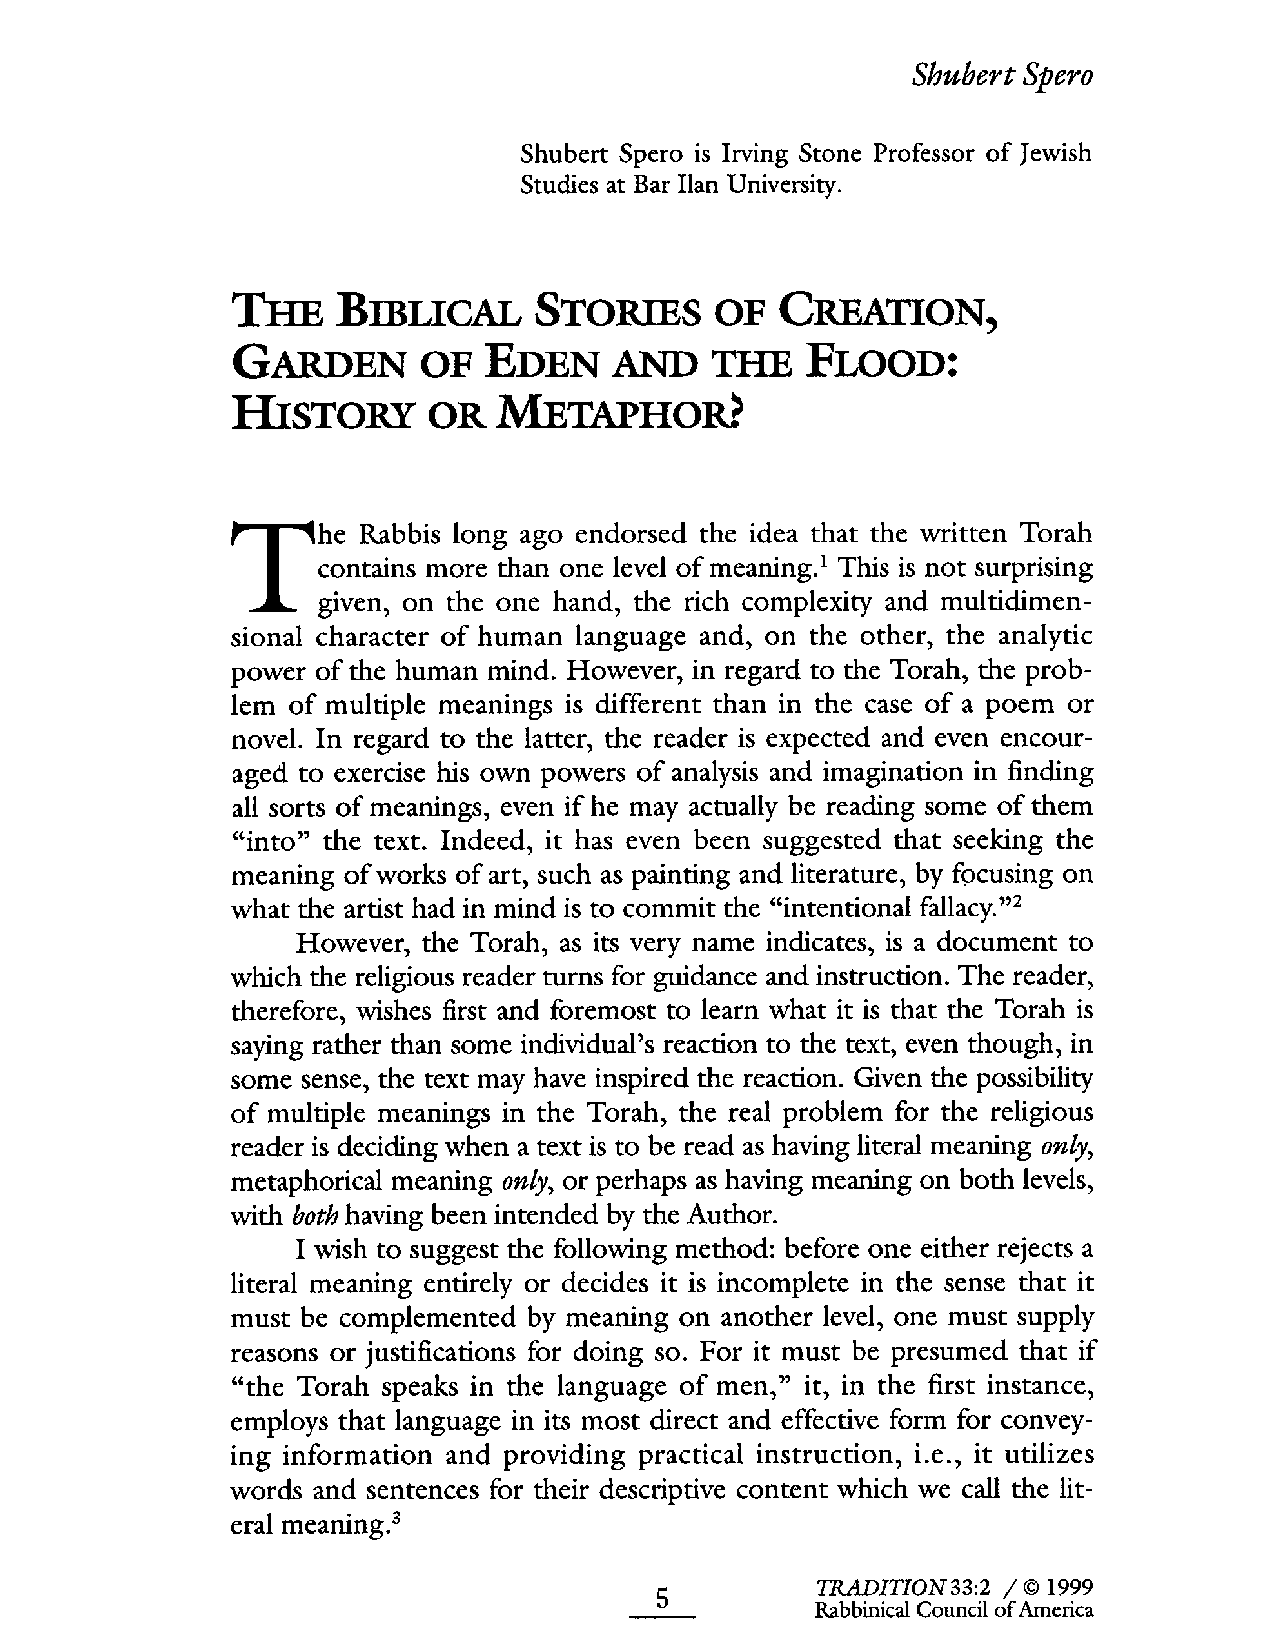
Shubert Spero
 Shubert Spero is Irving Stone Professor of Jewish
 Studies at Bar Han University.
 TH   BIBLICAL        STORIS     OF   CRETION,
 GAREN      OF    EDEN     AN    TH   FLOOD:
 HISTORY       OR  METAHOR?
 1 This is not surprising
 contains more than one level of meaning.
 The Ragbivbeins, loonn tgh ea goon ee nhdaondrs, ethde t hriec hi dceoam tphlaetx itthy ea nwdr imttuelnti dTimoreanh-
 sional character of human language and, on the other, the analytic
 power of the human mind. However, in regard to the Torah, the prob-
 lem of multiple meanings is different than in the case of a poem or
 noveL. In regard to the latter, the reader is expected and even encour-
 aged to exercise his own powers of analysis and imagination in finding
 all sorts of meanings, even if he may actually be reading some of them
 "into" the text. Indeed, it has even been suggested that seeking the
 meaning of works of art, such as painting and literature, by focusing on
 what the artist had in mind is to commit the "intentional fallacy."2
 However, the Torah, as its very name indicates, is a document to
 which the religious reader turns for guidance and instruction. The reader,
 therefore, wishes first and foremost to learn what it is that the Torah is
 saying rather than some individual's reaction to the text, even though, in
 some sense, the text may have inspired the reaction. Given the possibility
 of multiple meanings in the Torah, the real problem for the religious
 reader is deciding when a text is to be read as having literal meanng only,
 metaphorical meaning only, or perhaps as having meanng on both levels,
 with both having been intended by the Author.
 I wish to suggest the following method: before one either rejects a
 literal meaning entirely or decides it is incomplete in the sense that it
 must be complemented by meaning on another level, one must supply
 reasons or justifications for doing so. For it must be presumed that if
 "the Torah speaks in the language of men," it, in the first instance,
 employs that language in its most direct and effective form for convey-
 ing information and providing practical instruction, i.e., it utilizes
 words and sentences for their descriptive content which we call the lit-
 eral meaning.3
 IRITION33:2 / (Ç 1999
 5
 Rabbinical Council of America